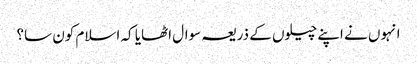
انہوں نے اپنے چیلوں کے ذریعہ سوال اٹھایا کہ اسلام کون سا؟